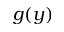
g ( y )